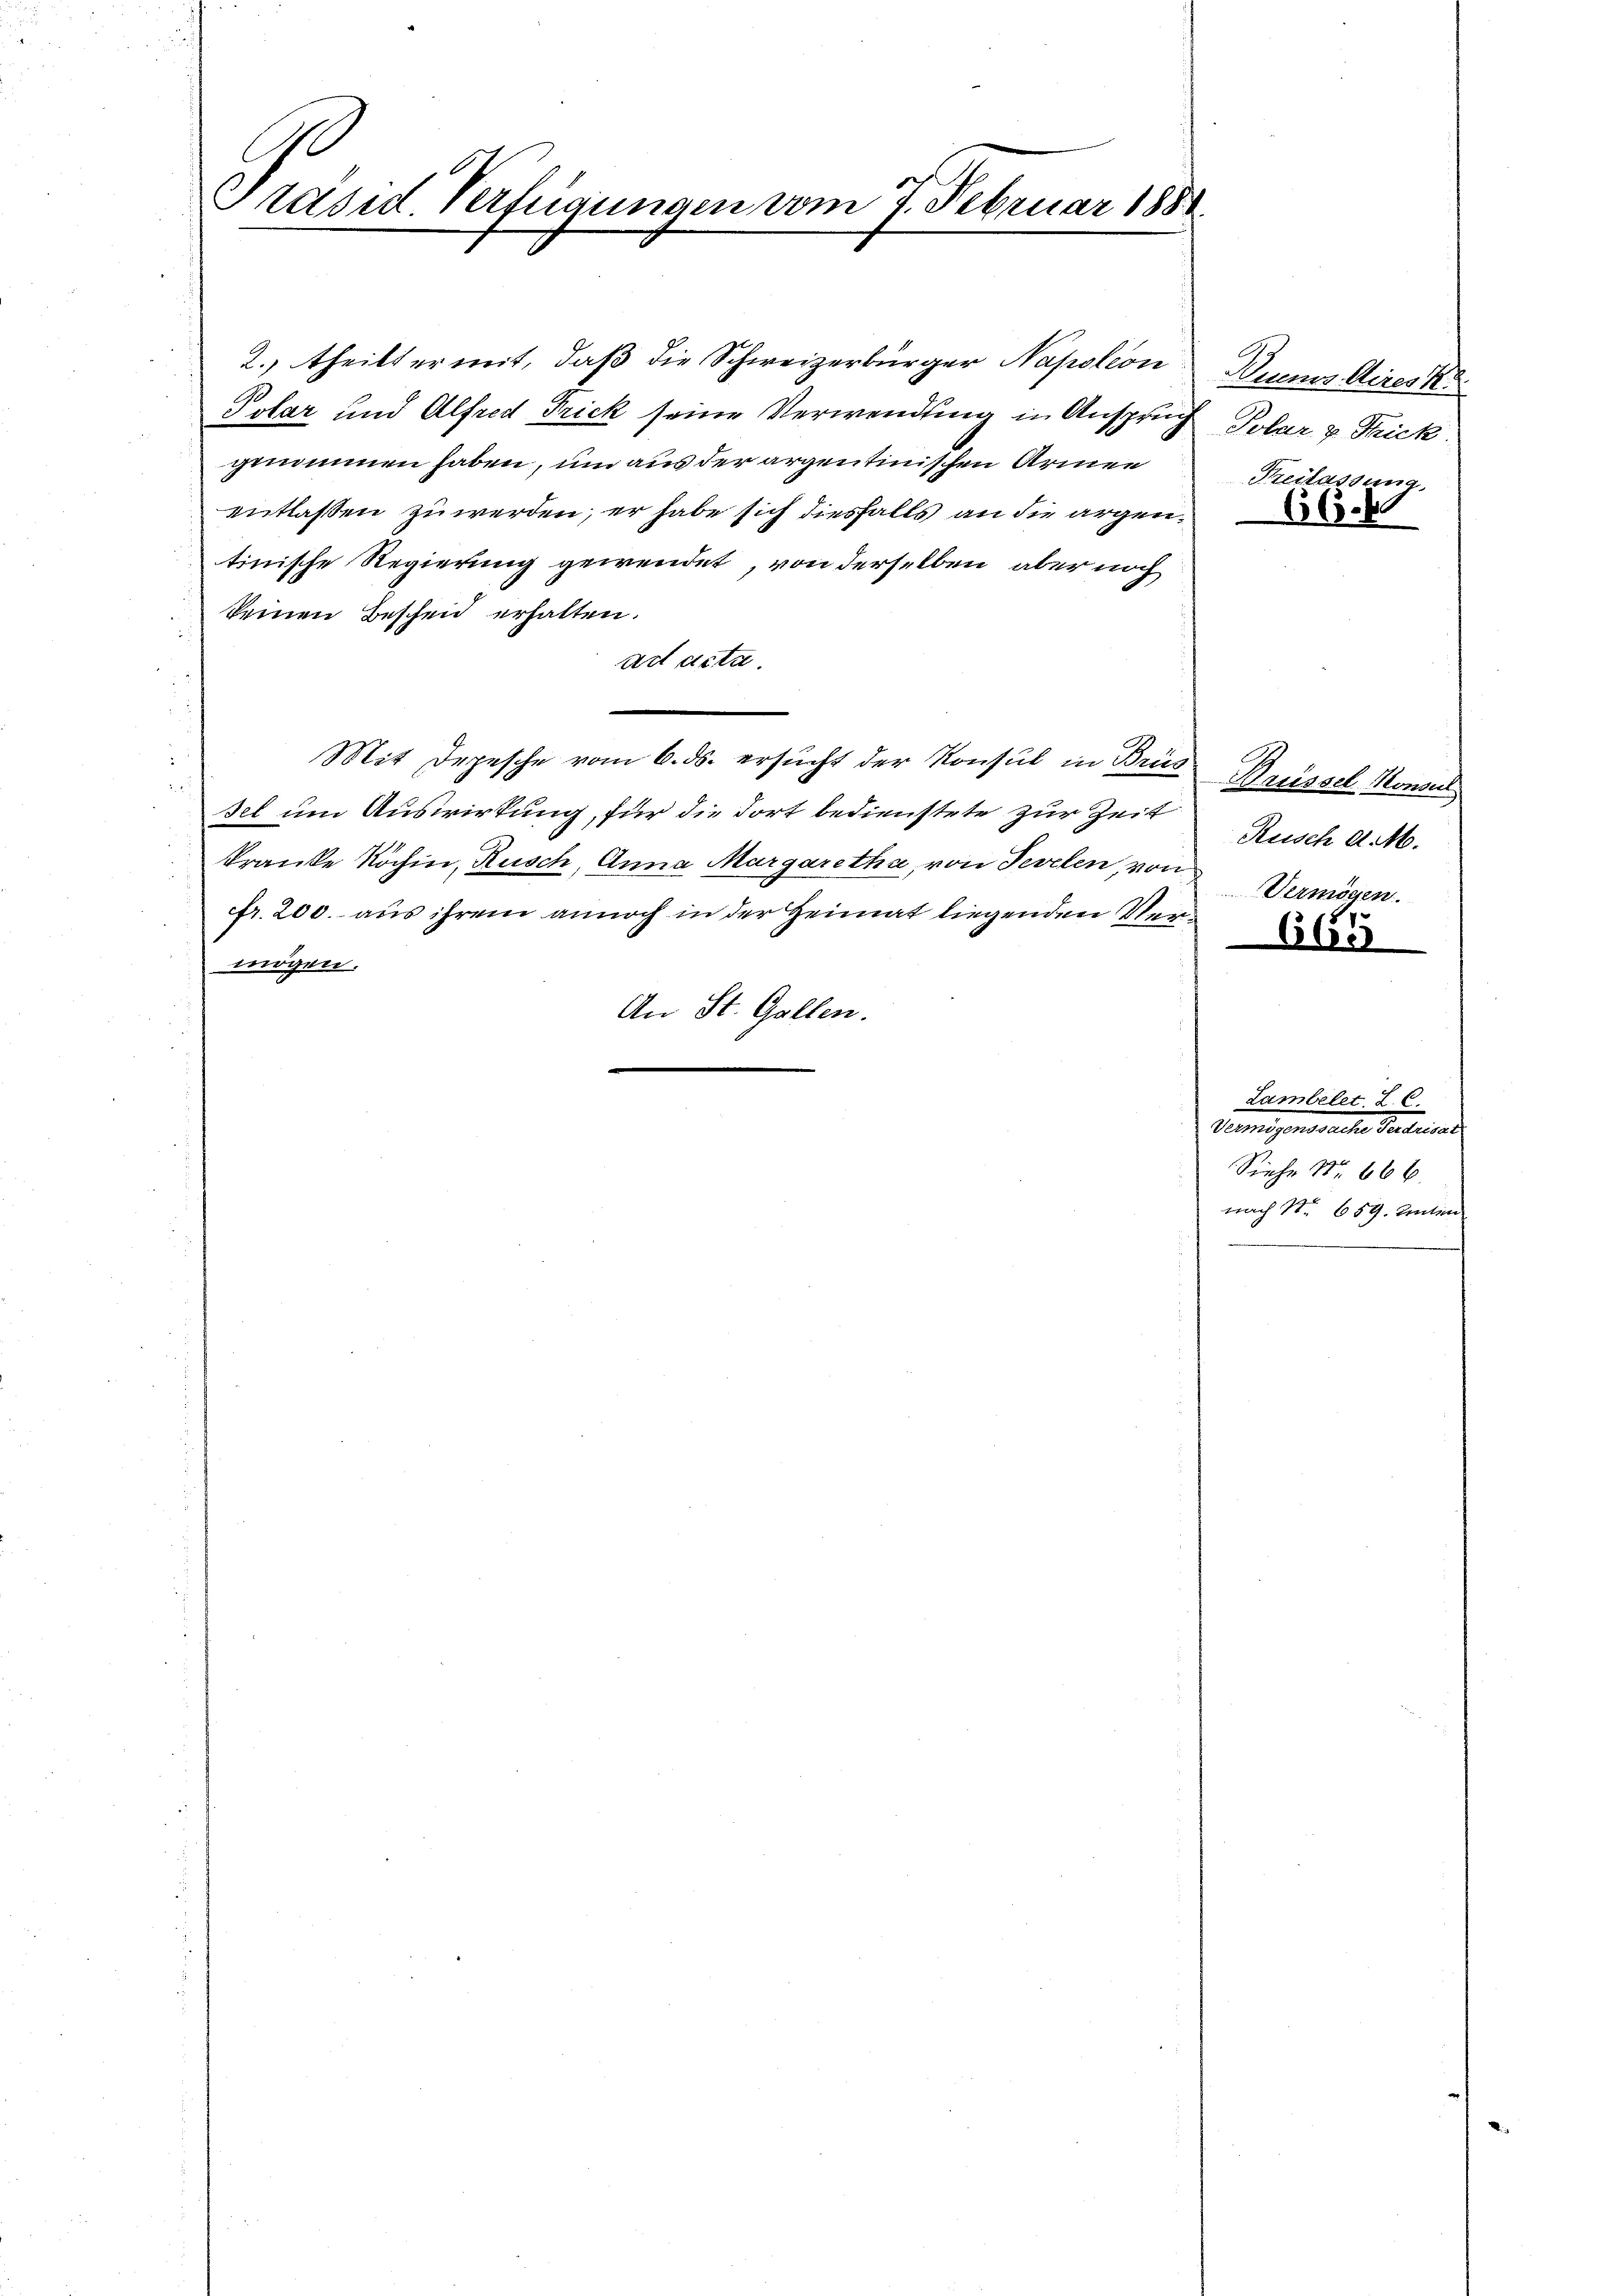
Präsid. Verfügungen vom 7. Februar 1888.

2.) theilt er mit, daß die Schweizerbürger Napoleon
Polar und Alfred Frick seine Verwendung in Anspruch Tobar v Tick.
genommen haben, um aus der argentinischen Armen
entlaßen zu werden; er habe sich diesfalls an die argentinische Regierung gewendet, von derselben aber noch
keinen Bescheid erhalten.
art acta.
Mit Depesche vom 6. ds. ersucht der Konsul in Brus Brüssel Konsul
sel um Auswirkung, für die dort bedienstete zur Zeit
kranke Köchin, Rusch, Anna Margaretha, von Sevelen, von
fr. 200. aus ihrem annoch in der Heimat liegenden Vermögen.
An St. Gallen.

Quems Aires K.
Freilassung.
136.

Rusch d. M.
Vermögen.

665

nach No 689. Inten

Lambelet. Z. C.
Termigensrechen Realisa
Siehe No. 666.